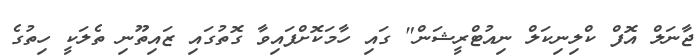
ޖާނަލް އޮފް ކްލިނިކަލް ނިއުޓްރީޝަން" ގައި ހާމަކޮށްފައިވާ ގޮތުގައި ޒައިތޫނި ތެލަކީ ހިތުގެ